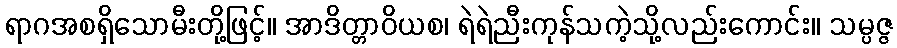
ရာဂအစရှိသောမီးတို့ဖြင့်။ အာဒိတ္တာဝိယစ၊ ရဲရဲညီးကုန်သကဲ့သို့လည်းကောင်း။ သမ္ပဇ္ဇ